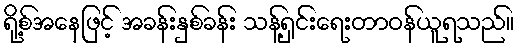
ရို့စ်အနေဖြင့် အခန်းနှစ်ခန်း သန့်ရှင်းရေးတာဝန်ယူရသည်။